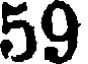
59